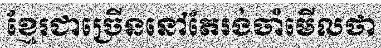
ខ្មែរជាច្រើននៅតែរង់ចាំមើលថា